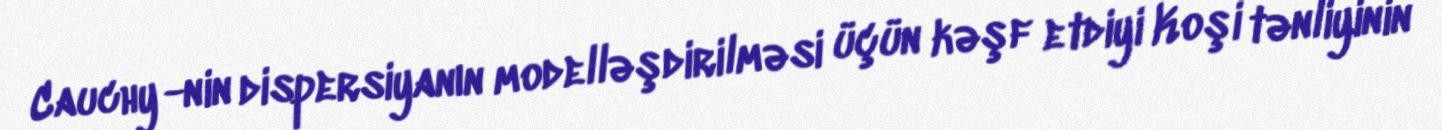
Cauchy -nin dispersiyanın modelləşdirilməsi üçün kəşf etdiyi Koşi tənliyinin